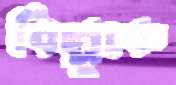
বিল্লুকে